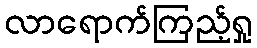
လာရောက်ကြည့်ရှု